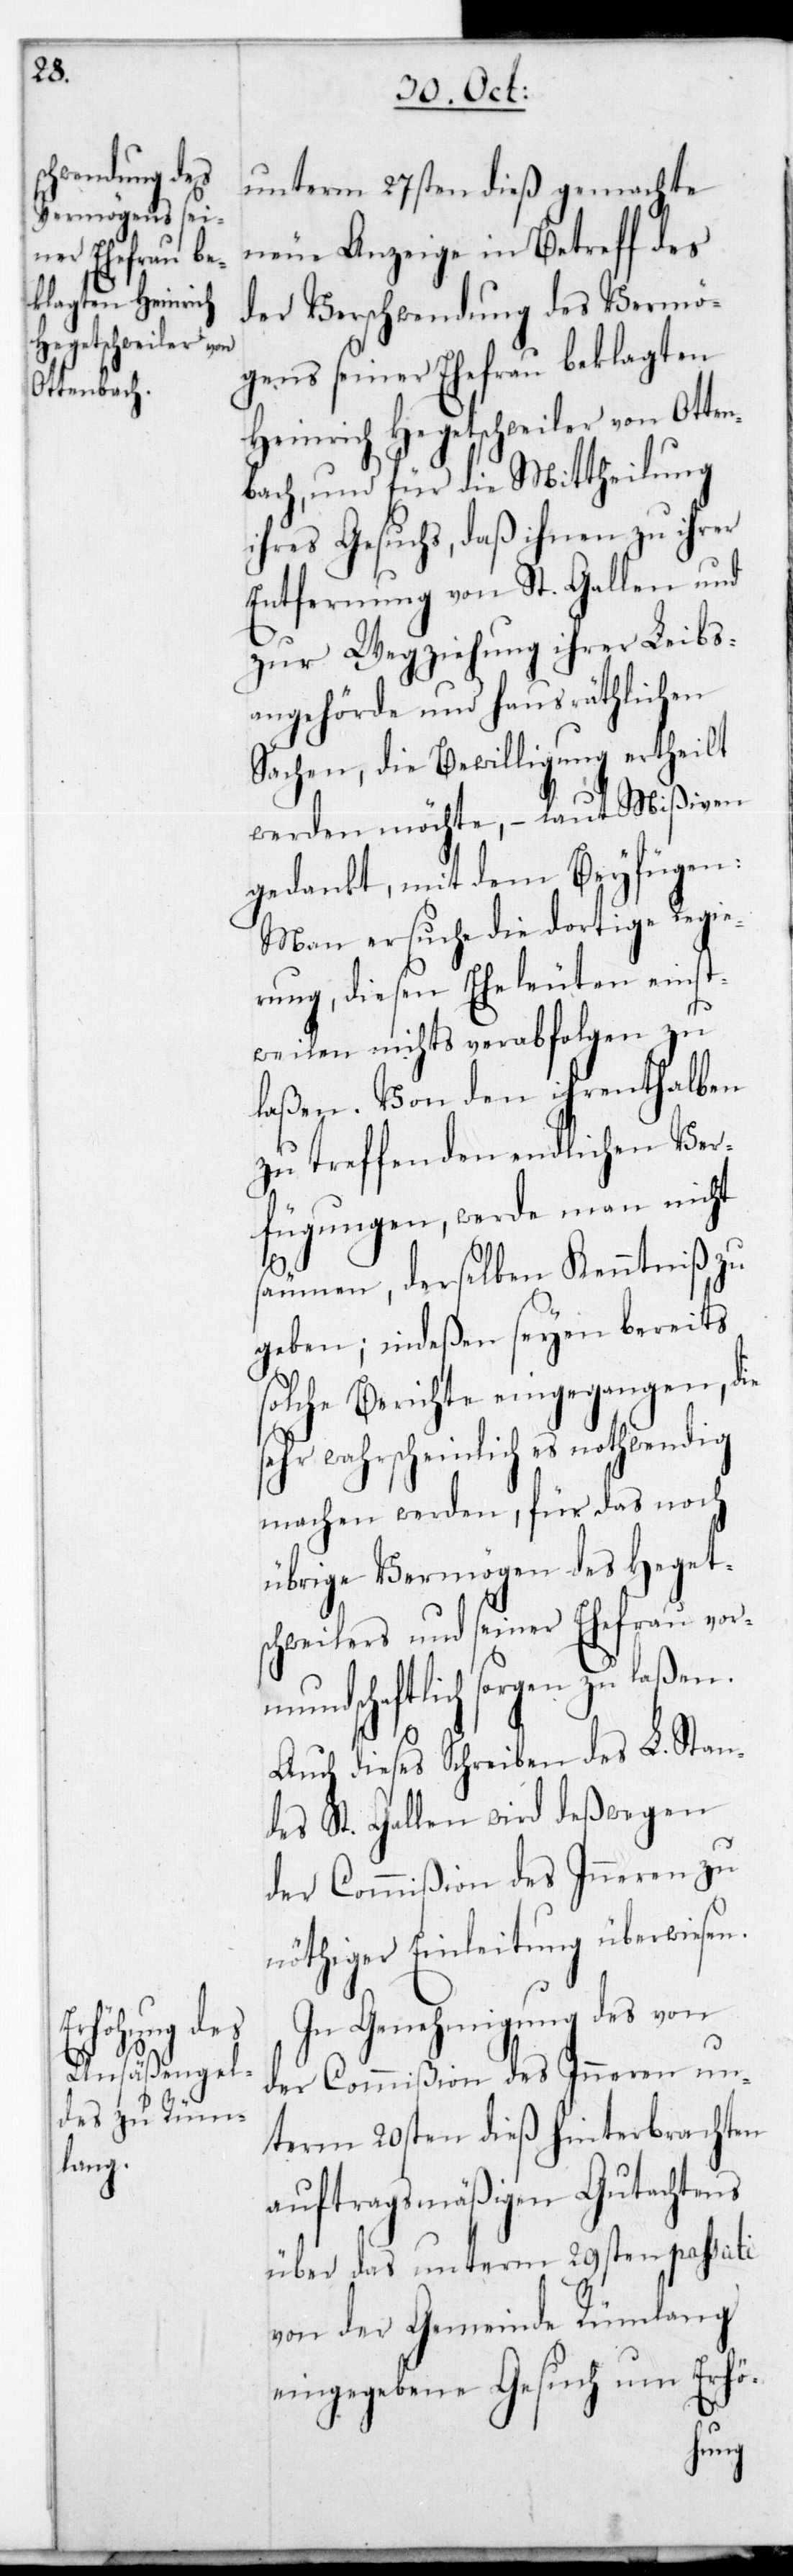
unterm 27sten dieß gemachte
neue Anzeige in Betreff des
der Verschwendung des Vermö¬
gens seiner Ehefrau beklagten
Heinrich Hegetschweiler von Otten¬
bach, und für die Mittheilung
ihres Gesuchs, daß ihnen zu ihrer
Entfernung von St. Gallen und
zur Wegziehung ihrer Leibs¬
angehörde und hausräthlichen
Sachen, die Bewilligung ertheilt
werden möchte, – laut Mißiven
gedankt, mit dem Beyfügen:
Man ersuche die dortige Regie¬
rung, diesen Eheleuten einst¬
weilen nichts verabfolgen zu
laßen. Von den ihrenthalben
zu treffenden endlichen Ver¬
fügungen, werde man nicht
säumen, derselben Kenntniß zu
geben; indeßen seyen bereits
solche Berichte eingegangen, die
sehr wahrscheinlich es nothwendig
machen werden, für das noch
übrige Vermögen des Heget¬
schweilers und seiner Ehefrau vor¬
mundschaftlich sorgen zu laßen.
Auch dieses Schreiben des L. Stan¬
des St. Gallen wird deswegen
der Commißion des Inneren zu
nöthiger Einleitung überwiesen.
In Genehmigung des von
der Commißion des Inneren un¬
term 20sten dieß hinterbrachten
auftragsmäßigen Gutachtens
über das unterm 29sten passati
von der Gemeinde Rümlang
eingegebene Gesuch um Erhö-